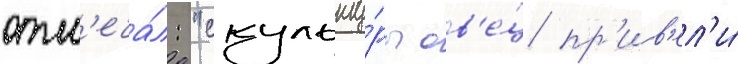
отм'еча́л: "скульпту́ры ов'е́ц пр'ив'ел'и́